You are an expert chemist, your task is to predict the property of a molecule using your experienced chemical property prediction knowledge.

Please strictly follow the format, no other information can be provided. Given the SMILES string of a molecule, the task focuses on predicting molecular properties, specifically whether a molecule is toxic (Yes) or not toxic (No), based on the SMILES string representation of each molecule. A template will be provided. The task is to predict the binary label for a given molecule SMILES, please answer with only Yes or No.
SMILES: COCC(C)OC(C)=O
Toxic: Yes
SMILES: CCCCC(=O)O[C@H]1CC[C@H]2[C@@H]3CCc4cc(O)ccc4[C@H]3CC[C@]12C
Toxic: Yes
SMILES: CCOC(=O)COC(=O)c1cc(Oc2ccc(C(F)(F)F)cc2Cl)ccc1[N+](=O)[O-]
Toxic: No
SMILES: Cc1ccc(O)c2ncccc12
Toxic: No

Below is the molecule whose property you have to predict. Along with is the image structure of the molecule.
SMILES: CCCCCC=O
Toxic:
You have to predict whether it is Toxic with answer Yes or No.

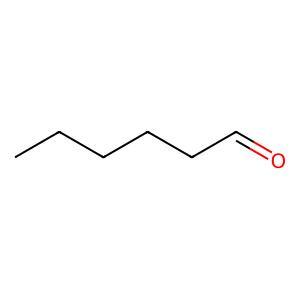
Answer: No